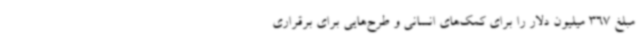
مبلغ 367 میلیون دلار را برای کمک‌های انسانی و طرح‌هایی برای برقراری